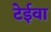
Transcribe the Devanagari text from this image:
टेईवा